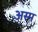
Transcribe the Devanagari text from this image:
अस्म